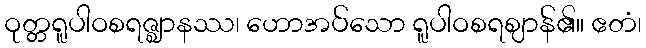
ဝုတ္တရူပါဝစရဇ္ဈာနဿ၊ ဟောအပ်သော ရူပါဝစရဈာန်၏။ ဧတံ၊